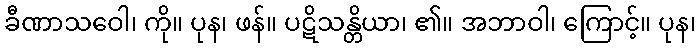
ခီဏာသဝေါ၊ ကို။ ပုန၊ ဖန်။ ပဋိသန္တိယာ၊ ၏။ အဘာဝါ၊ ကြောင့်။ ပုန၊